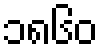
၁၈၆၀